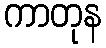
ကာတုန